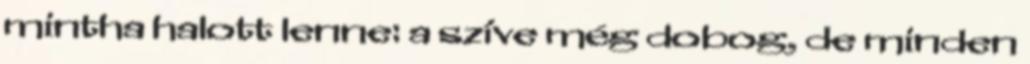
mintha halott lenne: a szíve még dobog, de minden